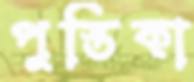
পুস্তিকা